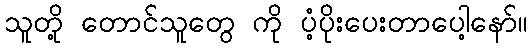
သူတို့ တောင်သူတွေ ကို ပံ့ပိုးပေးတာပေါ့နော်။